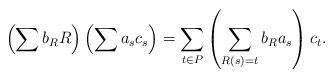
LaTeX: \begin{align*}\left(\sum b_R R \right) \left(\sum a_s c_s\right) = \sum_{t \in P} \left( \sum_{R(s) = t} b_R a_s \right) c_t .\end{align*}